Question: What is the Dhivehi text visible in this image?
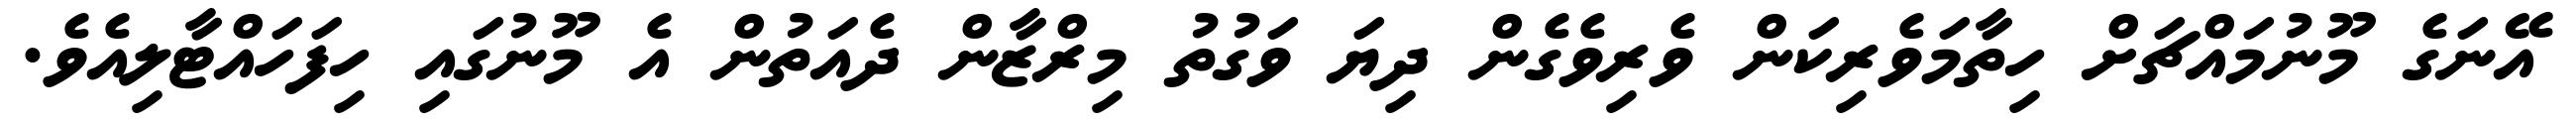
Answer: އޭނަގެ މޫނުމައްޗަށް ހިތާމަވެރިކަން ވެރިވެގެން ދިޔަ ވަގުތު މިރްޒާން ދެއަތުން އެ މޫނުގައި ހިފަހައްޓާލިއެވެ.